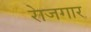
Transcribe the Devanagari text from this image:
राेजगार